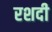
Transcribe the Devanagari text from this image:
रशदी